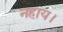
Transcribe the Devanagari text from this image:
नहाय।